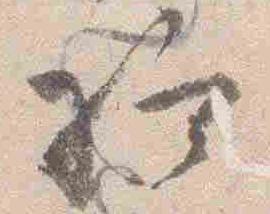
給